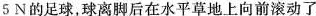
5N的足球，球离脚后在水平草地上向前滚动了